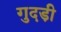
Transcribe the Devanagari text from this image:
गुदडी़